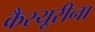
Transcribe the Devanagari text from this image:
कैस्यूरीना